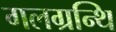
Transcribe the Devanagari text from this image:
गलग्रन्थि